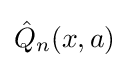
{\hat {Q}}_{n}(x,a)